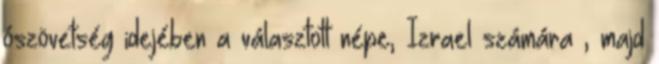
ószövetség idejében a választott népe, Izrael számára , majd